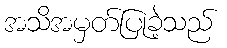
အသိအမှတ်ပြုခဲ့သည်